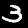
Digit: 3